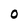
Character: O